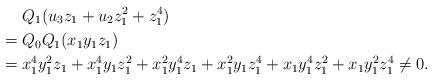
LaTeX: \begin{align*}&\; Q_1(u_3 z_1+u_2z_1^2+z_1^4)\\=&\; Q_0Q_1(x_1y_1z_1)\\=&\; x_1^4y_1^2z_1+x_1^4y_1z_1^2+x_1^2y_1^4z_1+x_1^2y_1z_1^4+ x_1y_1^4z_1^2+x_1y_1^2z_1^4\not=0.\end{align*}